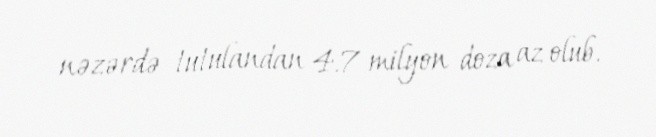
nəzərdə tutulandan 4.7 milyon doza az olub.